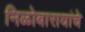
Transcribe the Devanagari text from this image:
निळोबारायांचे